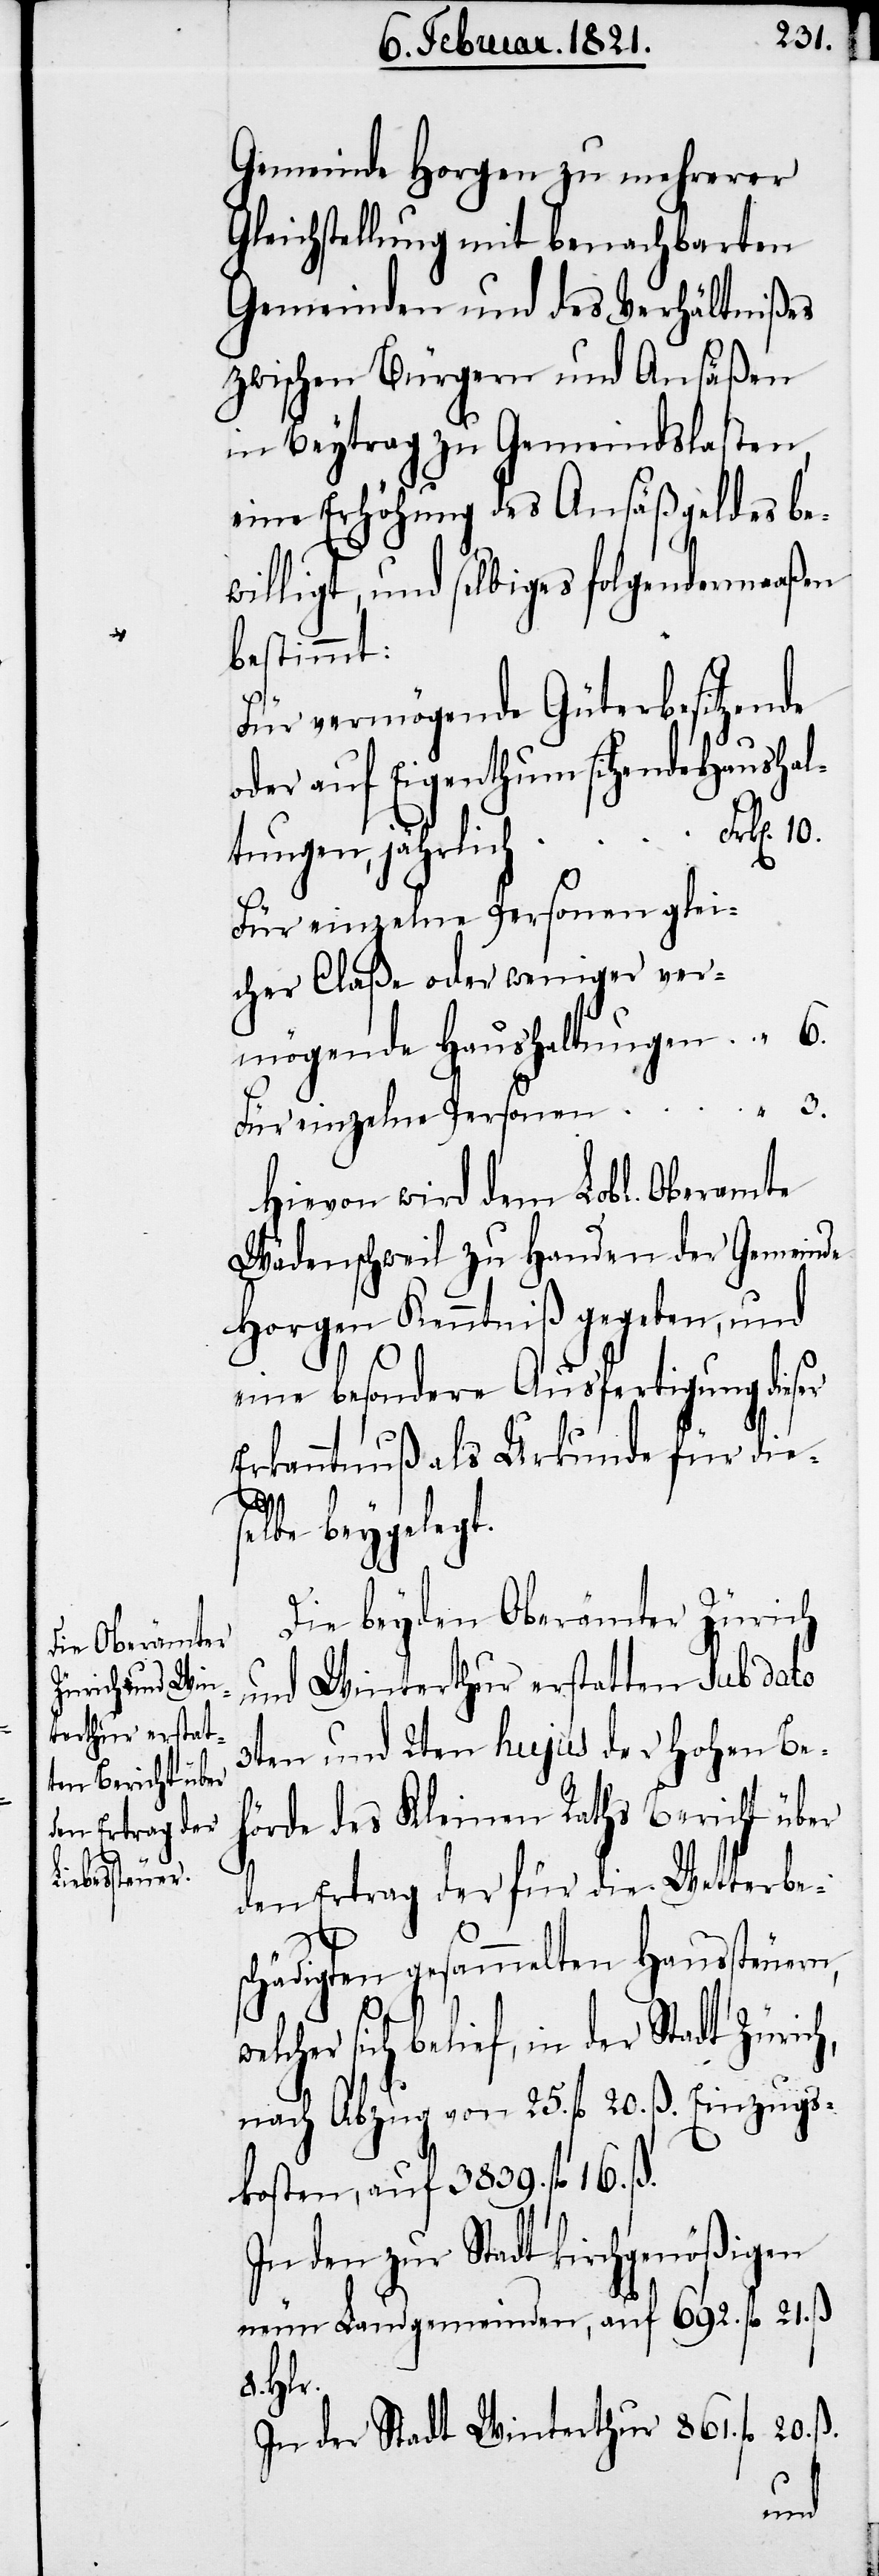
Gemeinde Horgen zu mehrerer
Gleichstellung mit benachbarten
Gemeinden und des Verhältnißes
zwischen Bürgern und Ansäßen
in Beytrag zu Gemeindslasten,
eine Erhöhung des Ansäßgeldes be¬
willigt, und selbiges folgendermaßen
bestimmt:
Für vermögende Güterbesitzende
oder auf Eigenthum sitzende Haushal¬
tungen, jährlich
Für einzelne Personen glei¬
cher Claße oder weniger ver¬
mögende Haushaltungen
Für einzelne Personen
Hievon wird dem Lobl. Oberamte
Wädenschweil zu Handen der Gemeinde
Horgen Kenntniß gegeben, und
eine besondere Ausfertigung dieser
Erkanntnuß als Urkunde für die
10.
selbe beygelegt.
Die beyden Oberämter Zürich
und Winterthur erstatten sub dato
3ten und 2ten hujus der hohen Be¬
hörde des Kleinen Raths Bericht über
den Ertrag der für die Wetterbes¬
chädigten gesammelten Haussteuern,
“
3.
welcher sich belief, in der Stadt Zürich,
nach Abzug von 25. fl. 20. ß. Einzugs¬
kosten, auf 3839. fl. 16. ß.
In den zur Stadt kirchgenößischen
neuen Landgemeinden, auf 692. fl. 21. ß.
8. Hlr.
In der Stadt Winterthur 861. fl. 20. ß.